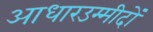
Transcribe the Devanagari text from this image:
आधारउम्मीदों